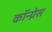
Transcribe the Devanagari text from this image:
कॉन्‍ग्रेस